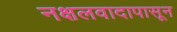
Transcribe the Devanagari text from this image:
नक्षलवादापासून